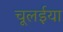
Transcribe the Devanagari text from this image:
चूलईया